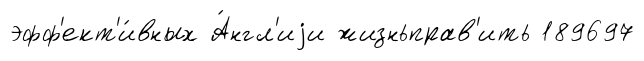
эфф'ект'и́вных А́нгл'иjи жизньправ'ить 189697